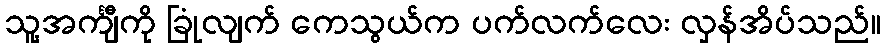
သူ့အင်္ကျီကို ခြုံလျက် ကေသွယ်က ပက်လက်လေး လှန်အိပ်သည်။